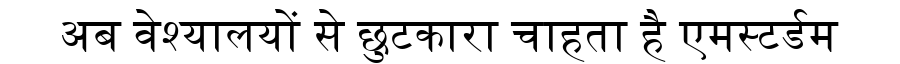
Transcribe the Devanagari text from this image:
अब वेश्यालयों से छुटकारा चाहता है एमस्टर्डम